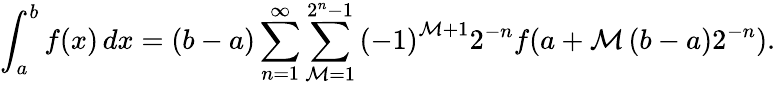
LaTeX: \int_{a}^{b}{f(x)\, dx}=(b-a)\sum_{n=1}^{\infty}{\sum_{\mathcal{M}=1}^{2^{n}-1}{\left({-1}\right)^{\mathcal{M}+1}}}2^{-n}f(a+\mathcal{M}\left({b-a}\right)2^{-n}).